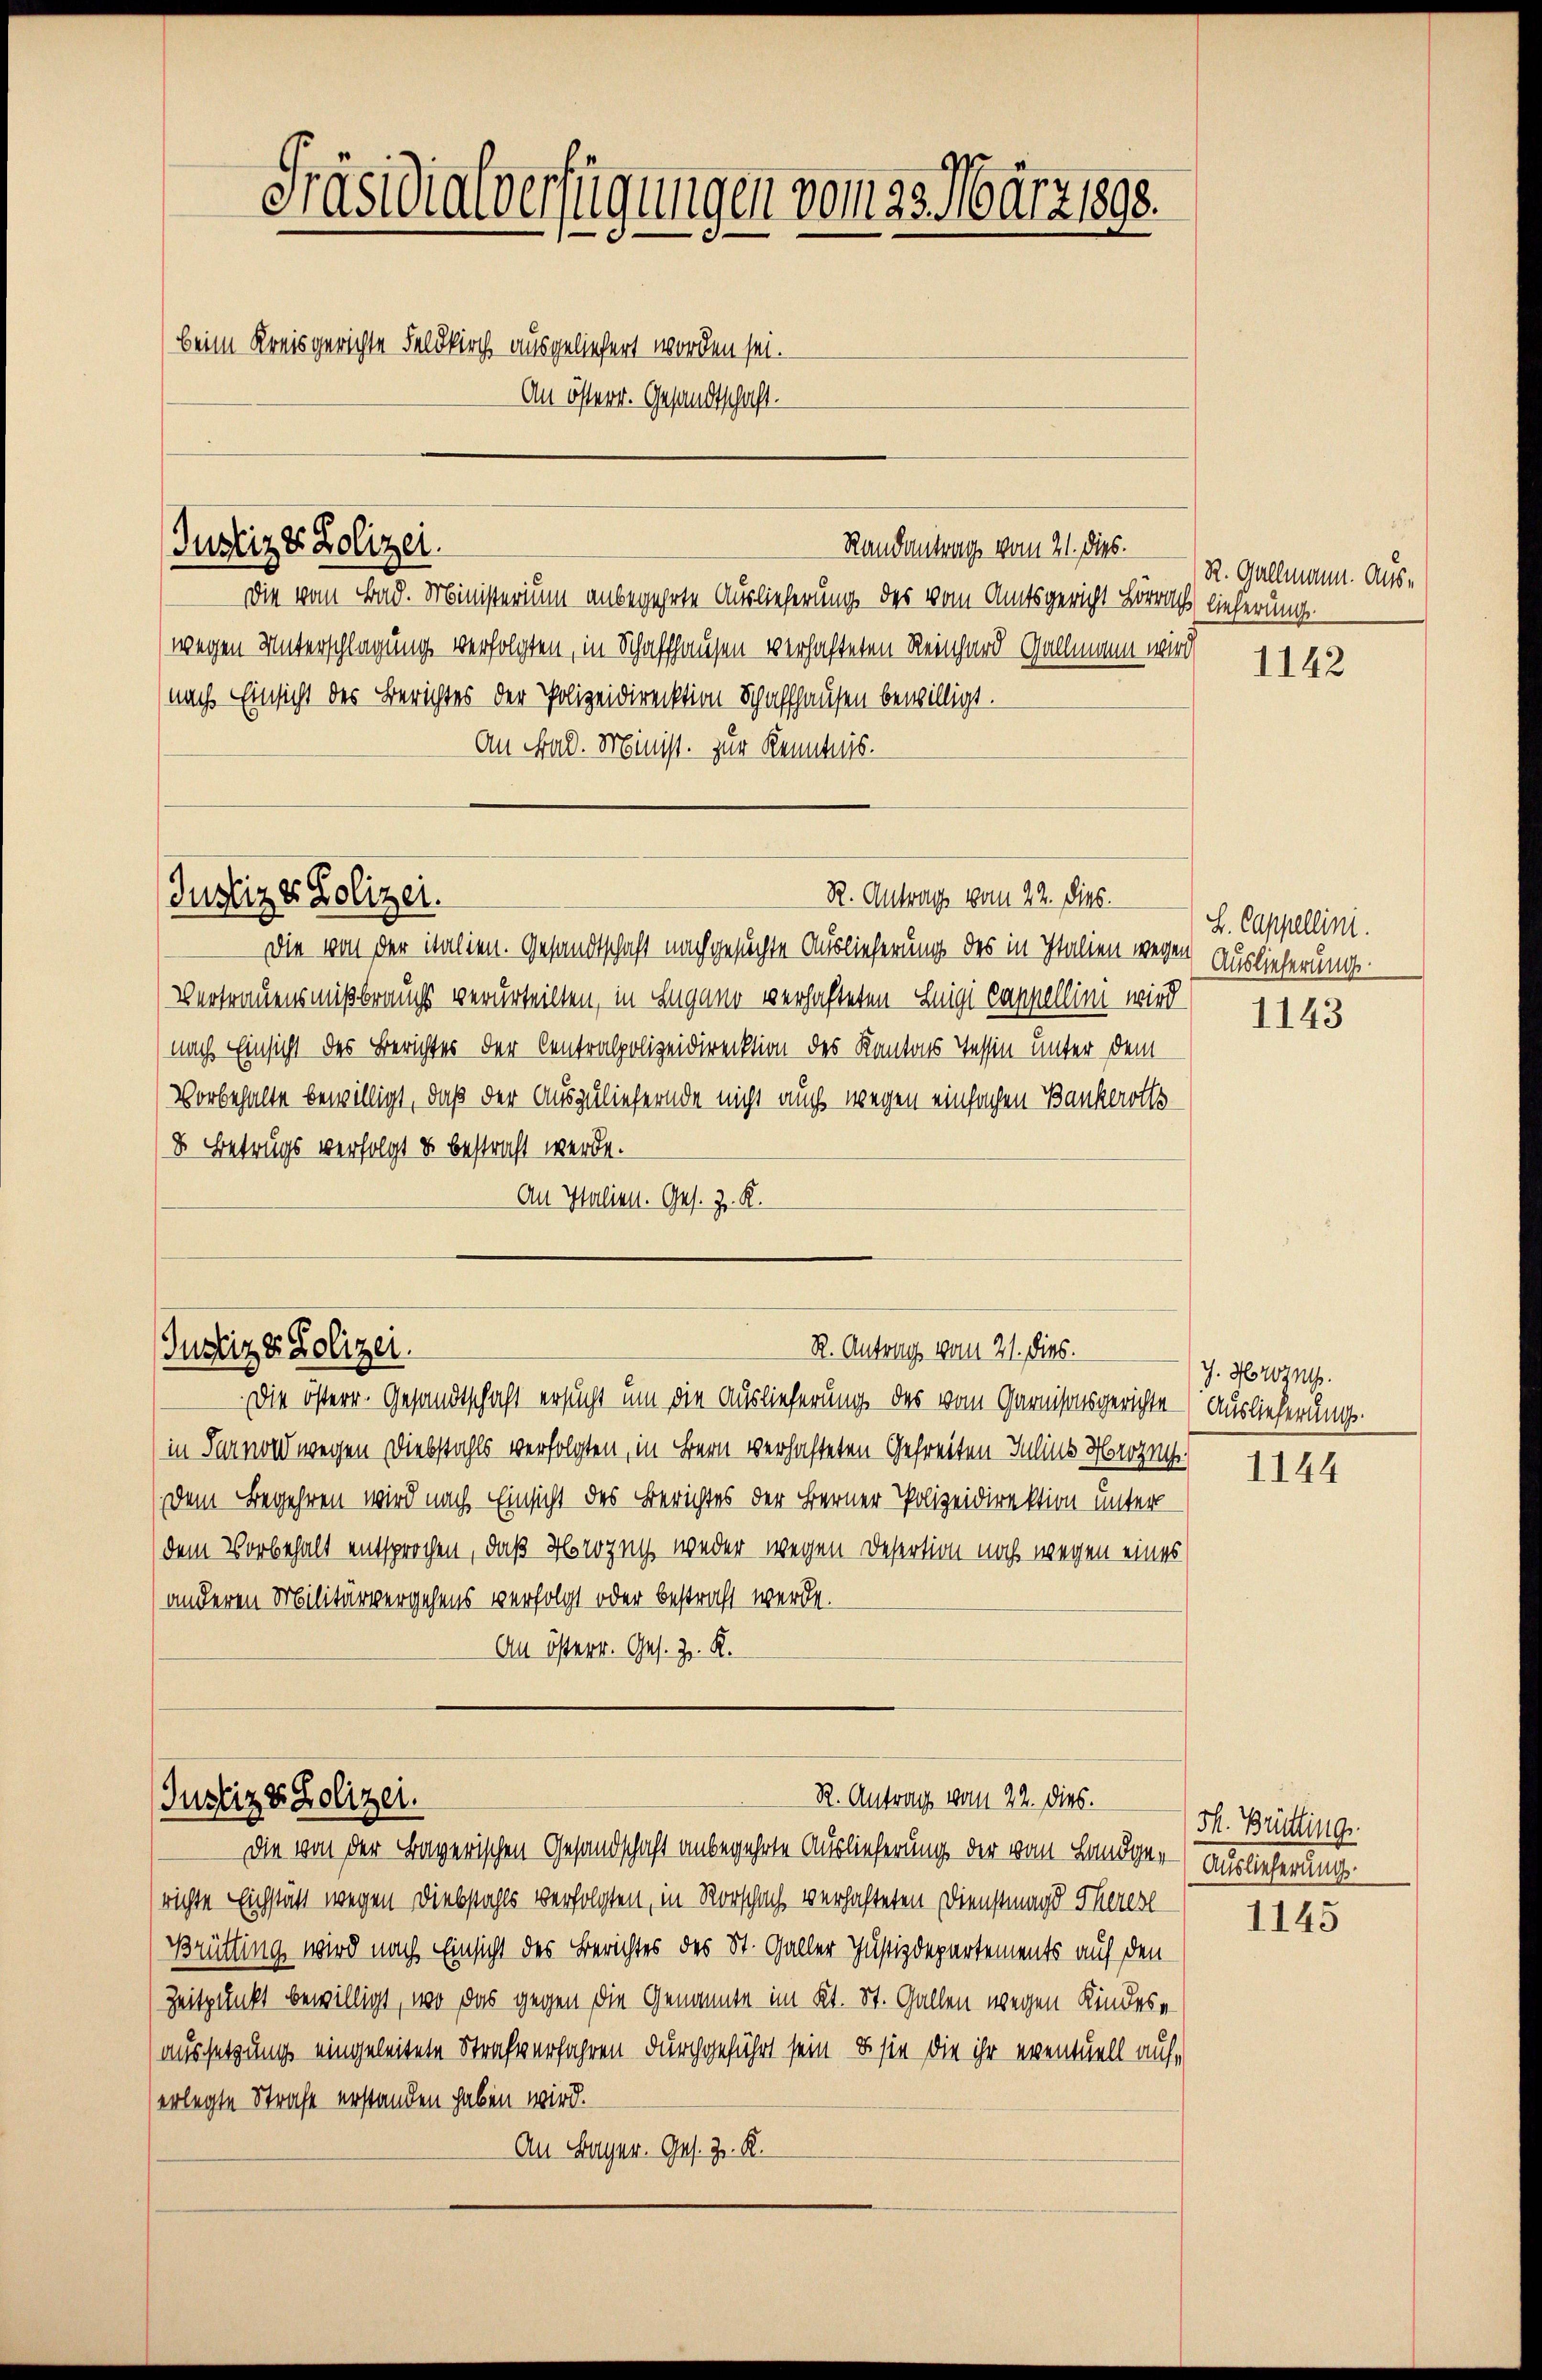
Präsidialverfügungen vom 23. März 1890.
beim Kreisgerichte Feldkirch ausgeliefert worden sei.
An österr. Gesandtschaft

Die vom Bad. Ministerium anbegehrte Auslieferung des vom Amtsgericht Lörrach lieferunge
wegen Unterschlagung verfolgten, in Schaffhausen verhafteten Reinhard Gallmann wird
(nach Einsicht des Berichtes der Polizeidirektion Schaffhausen bewilligt.
An Stad. Minist. zur Kenntnis.

Justiz & Polizei.

Justiz & Polizei.

Randantrag vom 21. dies.

R. Antrag vom 22. Dieb.

R. Antrag vom 21. dies.
Justiz & Polizei.

R. Antrag vom 22. dies.
Justiz & Polizei.
Die von der Bayerischen Gesandschaft anbegehrte Auslieferung der vom Landger-Auslieferungs-

Die von der italien. Gesandtschaft nachgesuchte Auslieferung des in Italien wegen Auslieferunge
Vertrauensmißbraucht verurteilten, in Lugano verhafteten Luigi Cappellini wird
(nach Einsicht des Berichtes der Centralpolizeidirektion des Kantons Tessin unter dem
Vorbehalte bewilligt, daß der Auszuliefernde nicht auch wegen einfachen Bankerotts
8. Betrugs verfolgt u bestraft werde.
An Italien. Ges. z. K.

Die österr. Gesandtschaft ersucht um die Auslieferung des vom Garnisonsgerichte (Auslieferungs-
in Turnold wegen Diebstahls verfolgten, in Bern verhafteten Gefreiten Inlins Herze
Dem Begehren wird nach Einsicht des Berichtes der Berner Polizeidirektion unter
(dem Vorbehalt entsprochen, daß Horozny weder wegen Desertion noch wegen eines
anderen Militärvergehens verfolgt oder bestraft werde.
An österr. Ges. Z. K.

R. Gallmann. Aus¬

richte Eichstätt wegen Diebstahls verfolgten, in Rorschach verhafteten Dienstmagd Thererl
Brütting wird nach Einsicht des Berichtes des St. Galler Justizdepartements auf den
Zeitpunkt bewilligt, wo das gegen die Genannte im Kt. St. Gallen wegen Kindes-
aussetzung eingeleitete Strafverfahren durchgeführt sein, u. sie die ihr eventuell auferlegte Strafe erstanden haben wird.
An Lager. Ges. Z. K.

1142

L. Cappellini.

1143

J. Hrn.

1144

Sh. Brüttinge

1145